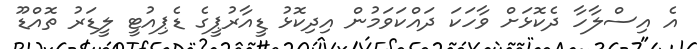
އެ އިސްލާހާ ދެކޮޅަށް ވާހަކަ ދައްކަވަމުން އިދިކޮޅު ޑީއާރުޕީގެ ޑެޕިއުޓީ ލީޑަރު ތޮއްޑޫ